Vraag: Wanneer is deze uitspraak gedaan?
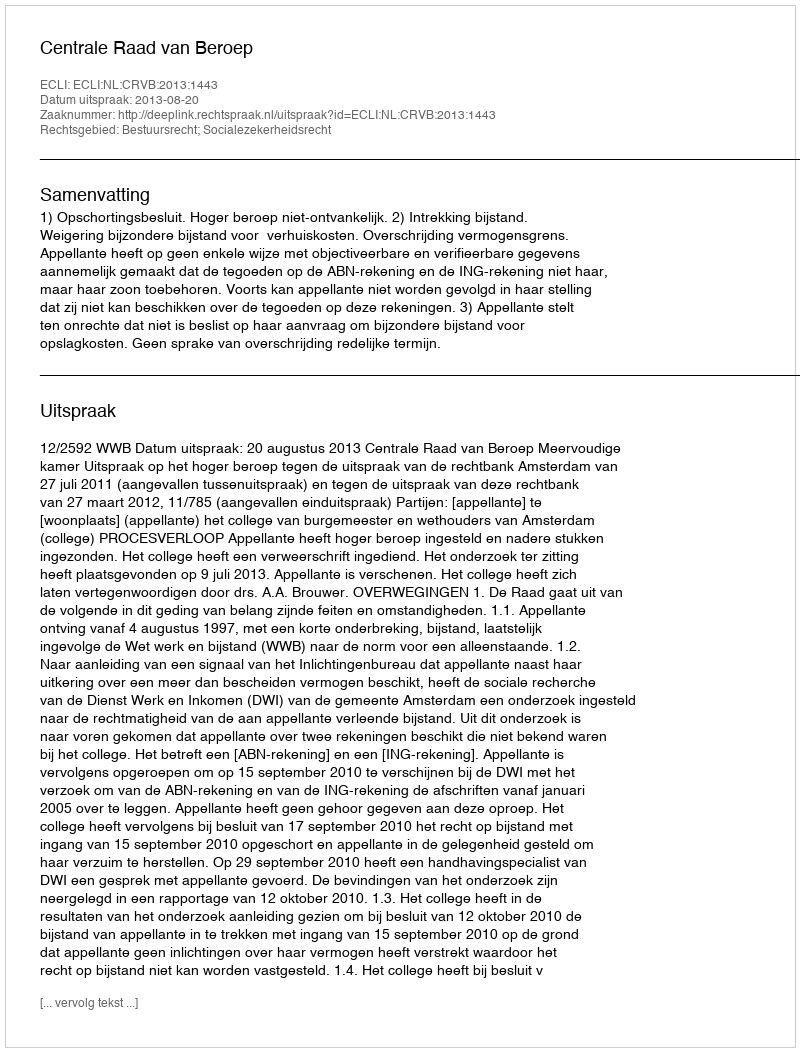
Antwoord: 2013-08-20